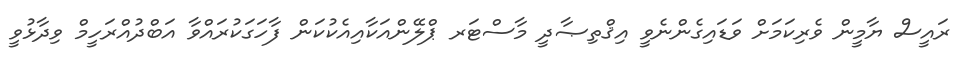
ރައީސް ޔާމީން ވެރިކަމަށް ވަޑައިގެންނެވީ އިޤްތިޞާދީ މާސްޓަރ ޕްލޭންއަކާއިއެކުކަން ފާހަގަކުރައްވާ އަބްދުއްރަހީމް ވިދާޅުވީ